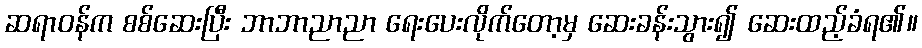
ဆရာဝန်က စစ်ဆေးပြီး ဘာဘာညာညာ ရေးပေးလိုက်တော့မှ ဆေးခန်းသွား၍ ဆေးထည့်ခံရ၏။